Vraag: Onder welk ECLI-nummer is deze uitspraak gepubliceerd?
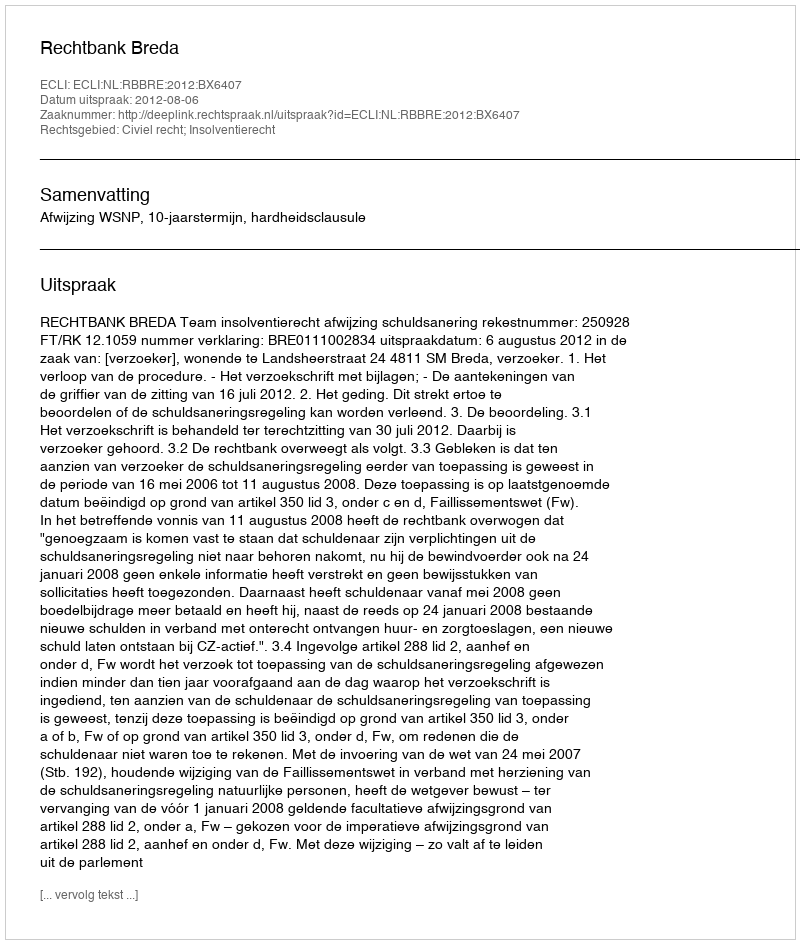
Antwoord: ECLI:NL:RBBRE:2012:BX6407